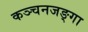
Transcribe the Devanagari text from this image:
कञ्चनजङ्गा